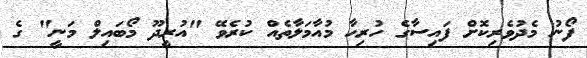
ފޯނު މެދުވެރިކޮށް ފައިސާގެ ހުރިހާ މުއާމަލާތެއް ކުރެވޭ "އުރީދޫ މޯބައިލް މަނީ" ގެ